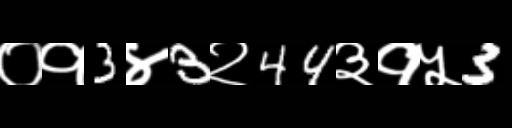
Text: ०१3४3२44३१५3